Indian journal of veterinary science and animal husbandry - Volume 4,
Year: 1934
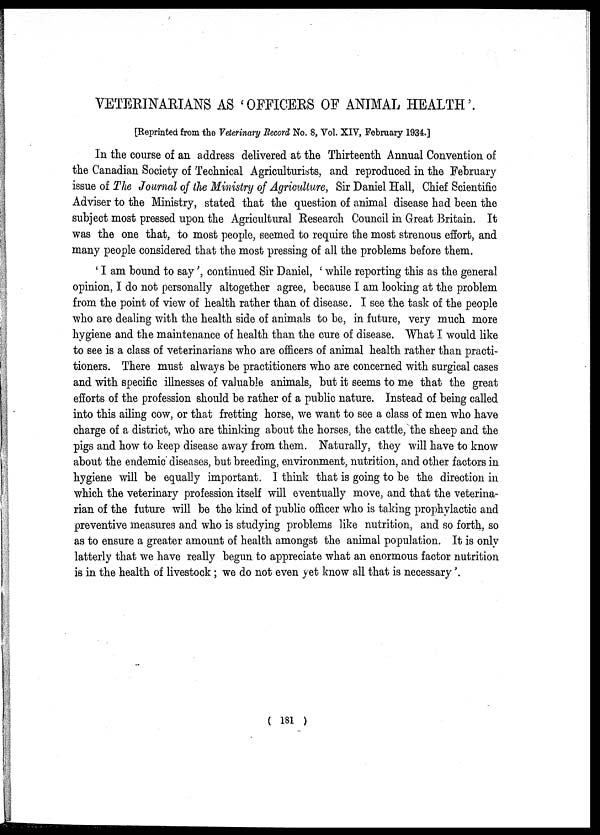
VETERINARIANS AS ' OFFICERS OF ANIMAL HEALTH '.
[Reprinted from the Veterinary Record No. 8, Vol. XIV, February 1934.]
In the course of an address delivered at the Thirteenth Annual Convention of
the Canadian Society of Technical Agriculturists, and reproduced in the February
issue of The Journal of the Ministry of Agriculture, Sir Daniel Hall, Chief Scientific
Adviser to the Ministry, stated that the question of animal disease had been the
subject most pressed upon the Agricultural Research Council in Great Britain. It
was the one that, to most people, seemed to require the most strenous effort, and
many people considered that the most pressing of all the problems before them.
' I am bound to say', continued Sir Daniel, ' while reporting this as the general
opinion, I do not personally altogether agree, because I am looking at the problem
from the point of view of health rather than of disease. I see the task of the people
who are dealing with the health side of animals to be, in future, very much more
hygiene and the maintenance of health than the cure of disease. What I would like
to see is a class of veterinarians who are officers of animal health rather than practi-
tioners. There must always be practitioners who are concerned with surgical cases
and with specific illnesses of valuable animals, but it seems to me that the great
efforts of the profession should be rather of a public nature. Instead of being called
into this ailing cow, or that fretting horse, we want to see a class of men who have
charge of a district, who are thinking about the horses, the cattle, the sheep and the
pigs and how to keep disease away from them. Naturally, they will have to know
about the endemic diseases, but breeding, environment, nutrition, and other factors in
hygiene will be equally important. I think that is going to be the direction in
which the veterinary profession itself will eventually move, and that the veterina-
rian of the future will be the kind of public officer who is taking prophylactic and
preventive measures and who is studying problems like nutrition, and so forth, so
as to ensure a greater amount of health amongst the animal population. It is only
latterly that we have really begun to appreciate what an enormous factor nutrition
is in the health of livestock ; we do not even yet know all that is necessary '.
( 181 )